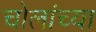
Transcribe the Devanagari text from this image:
चोलांच्या